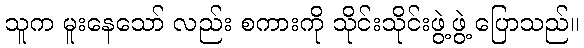
သူက မူးနေသော် လည်း စကားကို သိုင်းသိုင်းဖွဲ့ဖွဲ့ ပြောသည်။